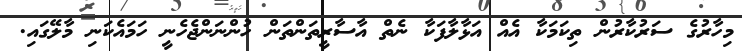
މިހާރުގެ ސަރުކާރުން ތިކަމަކާ އެއް އަޅާލާފަކާ ނެތް އާސާރީތަންތަން ހުންނަންޖެހެނީ ހަމައެކަނި މާލޭގައި.